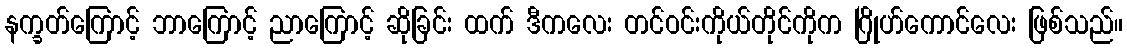
နက္ခတ်ကြောင့် ဘာကြောင့် ညာကြောင့် ဆိုခြင်း ထက် ဒီကလေး တင်ဝင်းကိုယ်တိုင်ကိုက ဂြိုဟ်ကောင်လေး ဖြစ်သည်။